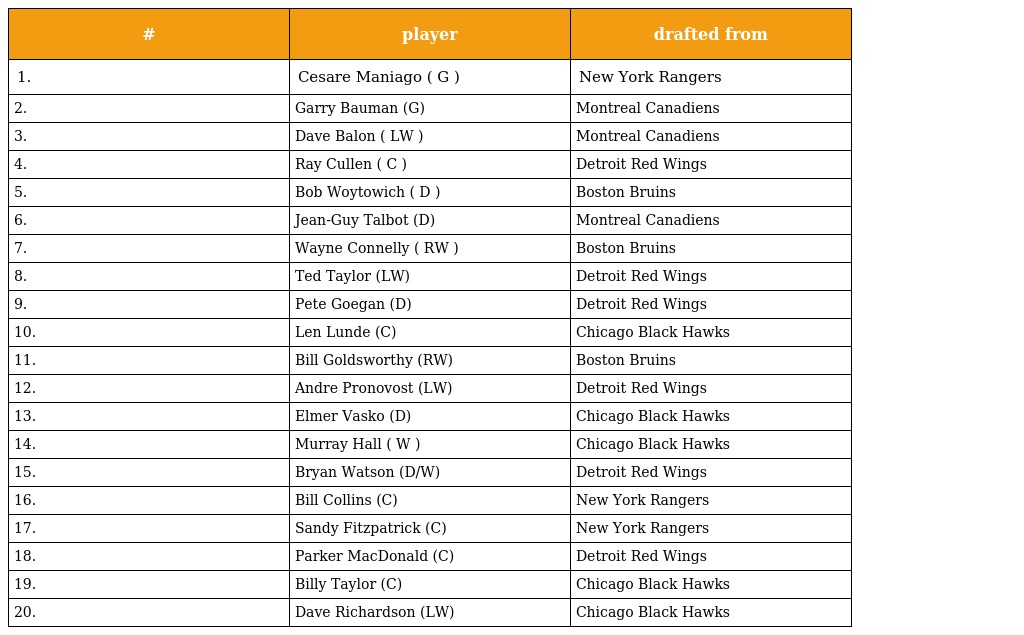
| # | player | drafted from |
 | --- | --- | --- |
 | 1. | Cesare Maniago ( G ) | New York Rangers |
 | 2. | Garry Bauman (G) | Montreal Canadiens |
 | 3. | Dave Balon ( LW ) | Montreal Canadiens |
 | 4. | Ray Cullen ( C ) | Detroit Red Wings |
 | 5. | Bob Woytowich ( D ) | Boston Bruins |
 | 6. | Jean-Guy Talbot (D) | Montreal Canadiens |
 | 7. | Wayne Connelly ( RW ) | Boston Bruins |
 | 8. | Ted Taylor (LW) | Detroit Red Wings |
 | 9. | Pete Goegan (D) | Detroit Red Wings |
 | 10. | Len Lunde (C) | Chicago Black Hawks |
 | 11. | Bill Goldsworthy (RW) | Boston Bruins |
 | 12. | Andre Pronovost (LW) | Detroit Red Wings |
 | 13. | Elmer Vasko (D) | Chicago Black Hawks |
 | 14. | Murray Hall ( W ) | Chicago Black Hawks |
 | 15. | Bryan Watson (D/W) | Detroit Red Wings |
 | 16. | Bill Collins (C) | New York Rangers |
 | 17. | Sandy Fitzpatrick (C) | New York Rangers |
 | 18. | Parker MacDonald (C) | Detroit Red Wings |
 | 19. | Billy Taylor (C) | Chicago Black Hawks |
 | 20. | Dave Richardson (LW) | Chicago Black Hawks |